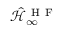
\mathcal { \hat { H } } _ { \infty } ^ { \mathrm { ~ H ~ F ~ } }